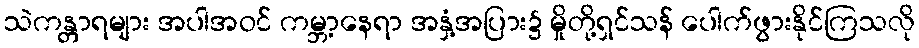
သဲကန္တာရများ အပါအဝင် ကမ္ဘာ့နေရာ အနှံ့အပြား၌ မှိုတို့ရှင်သန် ပေါက်ဖွားနိုင်ကြသလို